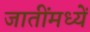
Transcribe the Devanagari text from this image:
जातींमध्यें